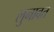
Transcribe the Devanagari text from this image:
लुनावत